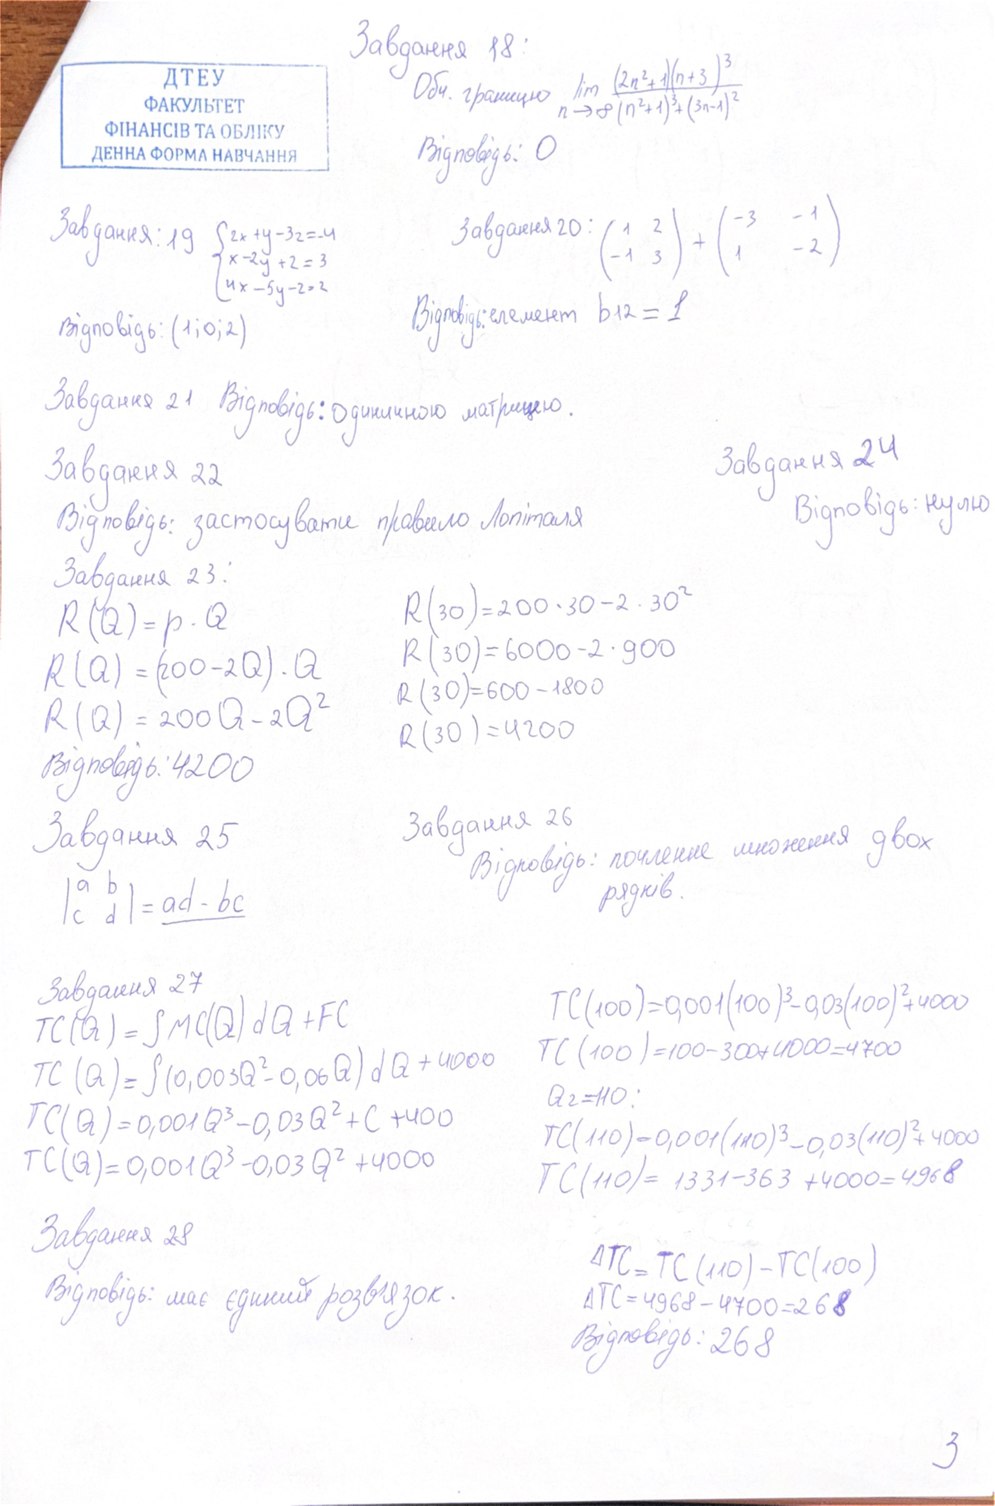
Завдання 18
Обч. границю lim n -> infinity ((2n^2 + 1)(n + 3)^3) / ((n^2 + 1)^3 + (3n - 1)^2)
Відповідь: 0
Завдання 20: (1 2 / -1 3) + (-3 -1 / 1 -2)
Завдання: 19 { 2x + y - 3z = -4 x - 2y + z = 3 4x - 5y - z = 2
Відповідь: елемент b12 = 1
Відповідь: (1; 0; 2)
Завдання 21 Відповідь: одиничною матрицею.
Завдання 24
Завдання 22
Відповідь: нулю
Відповідь: застосувати правило Лопіталя
Завдання 23.
R(30)=200·30-2·30^2
R(Q) = p · Q
R(30)=6000-2·900
R(Q) = (200 - 2Q) . Q
R(30)=600-1800
R(Q) = 200Q - 2Q^2
R(30) = 4200
Відповідь: 4200
Завдання 26
Завдання 25
Відповідь: почленне множення двох рядків
|a b/ c d| = ad - bc
Завдання 27
TC(100)=0,001(100)^3-0,03(100)^2+4000
TC(Q)=SMC(Q)dQ)d+FC
TC(100)=100-300+4000=4700
TC (Q) = ∫ (0,003 Q^2 - 0,06 Q) dQ + 4000
Q2=110.
TC(Q)=0,001Q^3-0,03Q^2+C+400
TC(110) = 0,001(110)^3 - 0,03(110)^2 + 4000
TC(Q) = 0,001 Q^3 - 0,03 Q^2 + 4000
TC(110)= 1331-363 +4000= 4968
Завдання 28
ΔTC = TC(110) - TC(100)
Відповідь: має єдиний розв'язок.
ΔTC = 4968 - 4700 = 268
Відповідь: 268
3